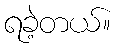
ရခဲ့တယ်။